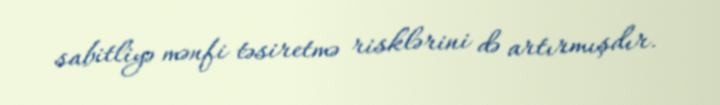
sabitliyə mənfi təsiretmə risklərini də artırmışdır.